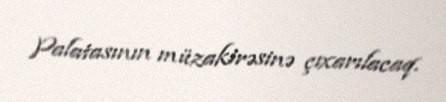
Palatasının müzakirəsinə çıxarılacaq.